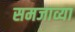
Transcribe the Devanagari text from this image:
समजाव्या